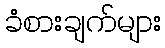
ခံစားချက်များ